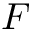
F